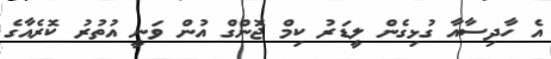
އެ ހާދިސާއާ ގުޅިގެން ލީޑަރު ކިމް ޖޮންގް އުން ވަނީ އުތުރު ކޮރެއާގެ